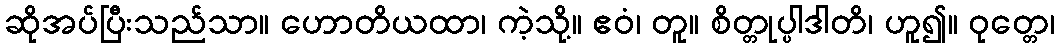
ဆိုအပ်ပြီးသည်သာ။ ဟောတိယထာ၊ ကဲ့သို့။ ဧဝံ၊ တူ။ စိတ္တုပ္ပါဒါတိ၊ ဟူ၍။ ဝုတ္တေ၊